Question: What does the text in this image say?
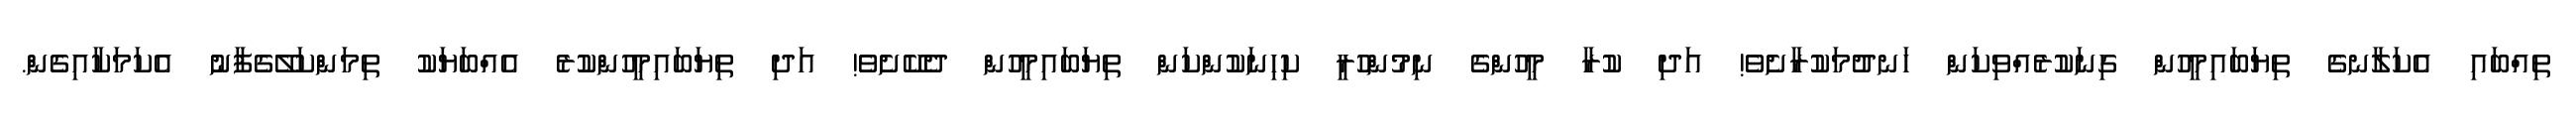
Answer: ތިއްބައި އެކަލާނގެ ތިޔަބައިމީހުން ގިނަކުރެއްވިކަން ހަނދުމަކުރާށެވެ! އަދި ކުރާ މީހުންގެ ނިމުންހުރީ ކިހިނަކުންކަން ތިޔަބައިމީހުން ދެކޭށެވެ! އަދި ތިޔަބައިމީހުންކުރެ އެއްބަޔަކު ތިމަންކަލޭގެފާނު އެކަމަކާއިގެން.